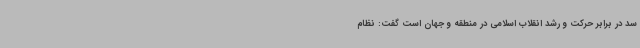
سد در برابر حرکت و رشد انقلاب اسلامی در منطقه و جهان است گفت: نظام